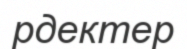
рдектер